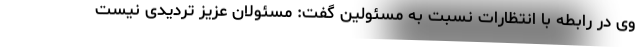
وی در رابطه با انتظارات نسبت به مسئولین گفت: مسئولان عزیز تردیدی نیست